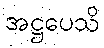
အဋ္ဌပေသိ